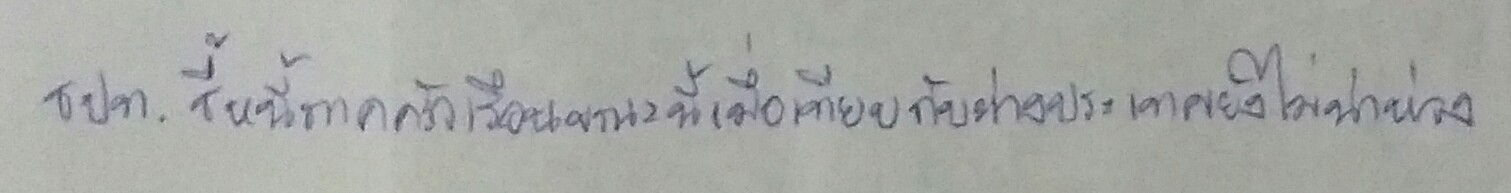
ธปท.ชี้หนี้ภาคครัวเรือนขณะนี้เมื่อเทียบกับต่างประเทศยังไม่น่าห่วง